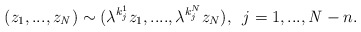
\begin{align*}(z_1,...,z_{\it N} ) \sim ({\lambda} ^{k^1_j} z_1,...., {\lambda }^{k^N_j} z_N),\,\,\, j = 1,...,{\it N}-n.\end{align*}